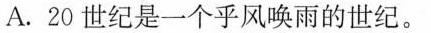
A.20世纪是一个乎风唤雨的世纪。